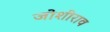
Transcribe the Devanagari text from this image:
जोशीराव